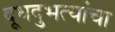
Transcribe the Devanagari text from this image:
दूधदुभत्यांचा